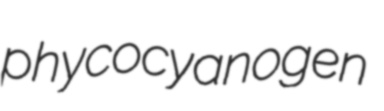
phycocyanogen